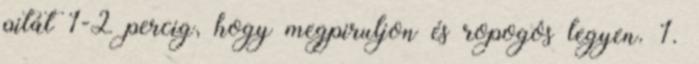
pitát 1-2 percig, hogy megpiruljon és ropogós legyen. 1.